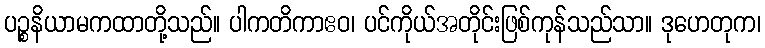
ပဉ္စနိယာမကထာတို့သည်။ ပါကတိကာဧဝ၊ ပင်ကိုယ်အတိုင်းဖြစ်ကုန်သည်သာ။ ဒုဟေတုက၊